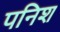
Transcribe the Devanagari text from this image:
पनिश